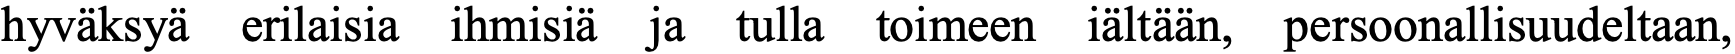
hyväksyä erilaisia ihmisiä ja tulla toimeen iältään, persoonallisuudeltaan,